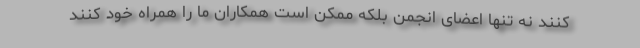
کنند نه تنها اعضای انجمن بلکه ممکن است همکاران ما را همراه خود کنند